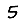
Digit: 5